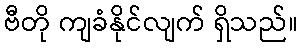
ဗီတို ကျခံနိုင်လျက် ရှိသည်။